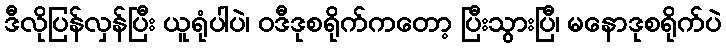
ဒီလိုပြန်လှန်ပြီး ယူရုံပါပဲ၊ ဝဒီဒုစရိုက်ကတော့ ပြီးသွားပြီ၊ မနောဒုစရိုက်ပဲ